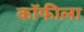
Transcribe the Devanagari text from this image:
कॉफीला